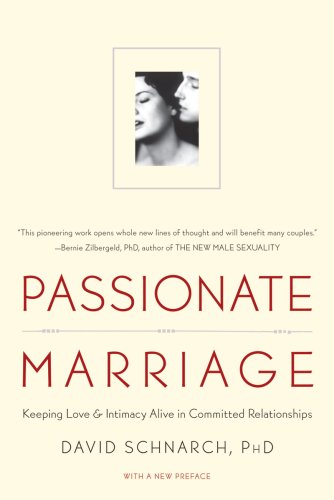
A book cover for Passionate Marriage: Keeping Love and Intimacy Alive in Committed Relationships; David Schnarch; Parenting & Relationships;